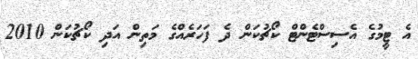
އެ ޓީމުގެ އެސިސްޓެންޓް ކޯޗުކަން ދެ ފަހަރެއްގެ މަތިން އަދި ކޯޗުކަން 2010